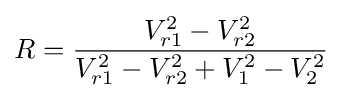
R={\frac {V_{r1}^{2}-V_{r2}^{2}}{V_{r1}^{2}-V_{r2}^{2}+V_{1}^{2}-V_{2}^{2}}}